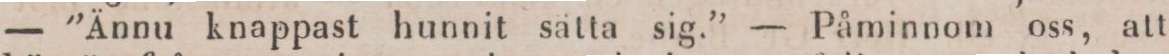
— ”Ännu knappast hunnit sätta sig.” — Påminnom oss, att